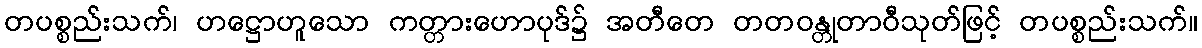
တပစ္စည်းသက်၊ ဟဋ္ဌောဟူသော ကတ္တားဟောပုဒ်၌ အတီတေ တတဝန္တုတာဝီသုတ်ဖြင့် တပစ္စည်းသက်။